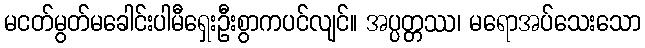
မငတ်မွတ်မခေါင်းပါမီရှေးဦးစွာကပင်လျင်။ အပ္ပတ္တဿ၊ မရောအပ်သေးသော